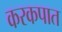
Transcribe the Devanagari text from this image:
करकपात